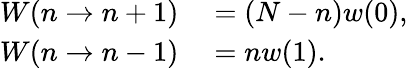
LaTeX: \begin{array}{rl}{W(n\rightarrow n+1)}&{{}=(N-n)w(0),}\\ {W(n\rightarrow n-1)}&{{}=nw(1).}\end{array}